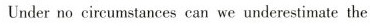
Under no circumstances can we underestimate the